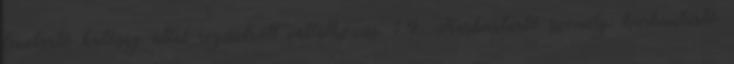
fenntartó hatóság által regisztrált vállalkozás. 1.4. Karbantartó személy: karbantartó